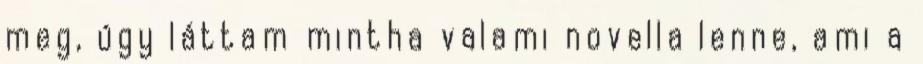
meg, úgy láttam mintha valami novella lenne, ami a